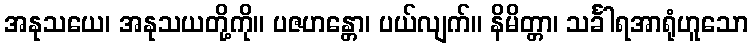
အနုသယေ၊ အနုသယတို့ကို။ ပဇဟန္တော၊ ပယ်လျက်။ နိမိတ္တာ၊ သင်္ခါရအာရုံဟူသော